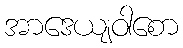
အာဒေယျဝါစော